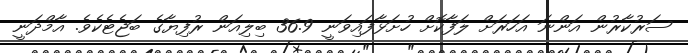
ސަރުކާރުން އަންނަ އަހަރަށް ލަފާކޮށް ހުށަޅާފައިވަނީ 36.9 ބިލިއަން ރުފިޔާގެ ބަޖެޓެކެވެ. އާމްދަނީ